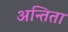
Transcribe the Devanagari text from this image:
अन्तिता